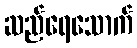
ဆည်ရေသောက်